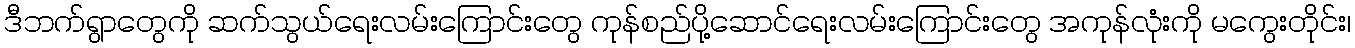
ဒီဘက်ရွာတွေကို ဆက်သွယ်ရေးလမ်းကြောင်းတွေ ကုန်စည်ပို့ဆောင်ရေးလမ်းကြောင်းတွေ အကုန်လုံးကို မကွေးတိုင်း၊